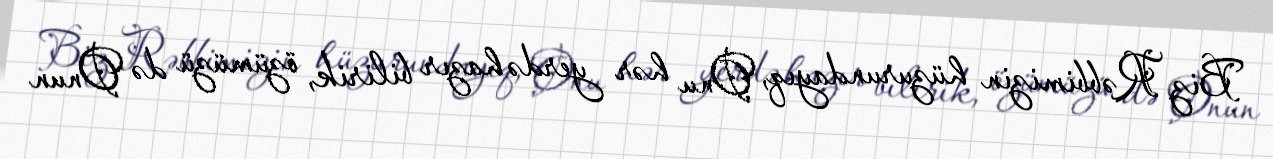
Biz Rəbbimizin hüzurundayıq, Onu hər yerdə hazır bilirik, özümüzü də Onun